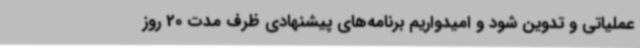
عملیاتی و تدوین شود و امیدواریم برنامه‌های پیشنهادی ظرف مدت 20 روز